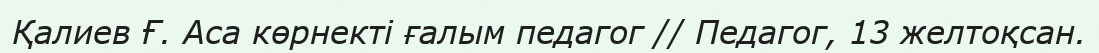
Қалиев Ғ. Аса көрнекті ғалым педагог // Педагог, 13 желтоқсан.